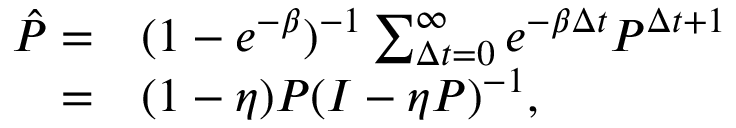
\begin{array} { r l } { \hat { P } = } & { { } ( 1 - e ^ { - \beta } ) ^ { - 1 } \sum _ { \Delta t = 0 } ^ { \infty } e ^ { - \beta \Delta t } P ^ { \Delta t + 1 } } \\ { = } & { { } ( 1 - \eta ) P ( I - \eta P ) ^ { - 1 } , } \end{array}